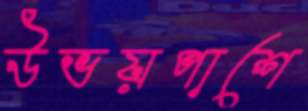
উভয়পাশে